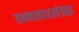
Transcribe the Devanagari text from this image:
तन्त्रसारसंग्रह